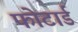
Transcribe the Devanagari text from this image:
फोटार्ड